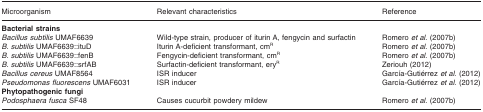
<table><thead><tr><td><b>Microorganism</b></td><td><b>Relevant characteristics</b></td><td><b>Reference</b></td></tr></thead><tbody><tr><td><b>Bacterial strains</b></td><td></td><td></td></tr><tr><td><i>Bacillus subtilis</i> UMAF6639</td><td>Wild-type strain, producer of iturin A, fengycin and surfactin</td><td>Romero <i>et al</i>. (2007b)</td></tr><tr><td><i>B. subtilis</i> UMAF6639::ituD</td><td>Iturin A-deficient transformant, cm<sup>R</sup></td><td>Romero <i>et al</i>. (2007b)</td></tr><tr><td><i>B. subtilis</i> UMAF6639::fenB</td><td>Fengycin-deficient transformant, cm<sup>R</sup></td><td>Romero <i>et al</i>. (2007b)</td></tr><tr><td><i>B. subtilis</i> UMAF6639::srfAB</td><td>Surfactin-deficient transformant, ery<sup>R</sup></td><td>Zeriouh (2012)</td></tr><tr><td><i>Bacillus cereus</i> UMAF8564</td><td>ISR inducer</td><td>García-Gutiérrez <i>et al</i>. (2012)</td></tr><tr><td><i>Pseudomonas fluorescens</i> UMAF6031</td><td>ISR inducer</td><td>García-Gutiérrez <i>et al</i>. (2012)</td></tr><tr><td><b>Phytopathogenic fungi</b></td><td></td><td></td></tr><tr><td><i>Podosphaera fusca</i> SF48</td><td>Causes cucurbit powdery mildew</td><td>Romero <i>et al</i>. (2007b)</td></tr></tbody></table>